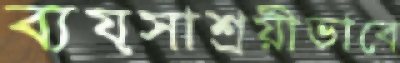
ব্যয়সাশ্রয়ীভাবে